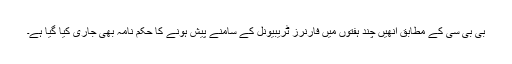
بی بی سی کے مطابق انھیں چند ہفتوں میں فارنرز ٹریبیونل کے سامنے پیش ہونے کا حکم نامہ بھی جاری کیا گیا ہے۔